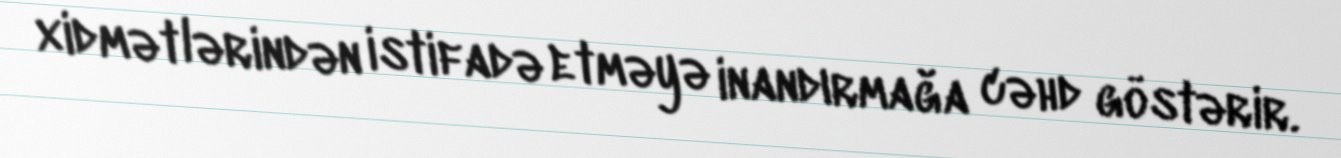
xidmətlərindən istifadə etməyə inandırmağa cəhd göstərir.